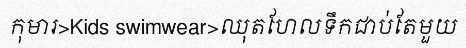
កុមារ>Kids swimwear>ឈុតហែលទឹកជាប់តែមួយ